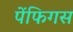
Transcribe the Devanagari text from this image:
पेंफिगस